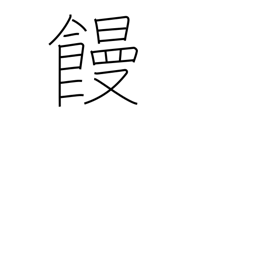
Meaning: manjuu